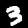
Label: 3